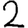
Digit: 2